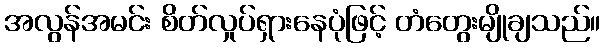
အလွန်အမင်း စိတ်လှုပ်ရှားနေပုံဖြင့် တံတွေးမျိုချသည်။